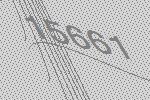
15661